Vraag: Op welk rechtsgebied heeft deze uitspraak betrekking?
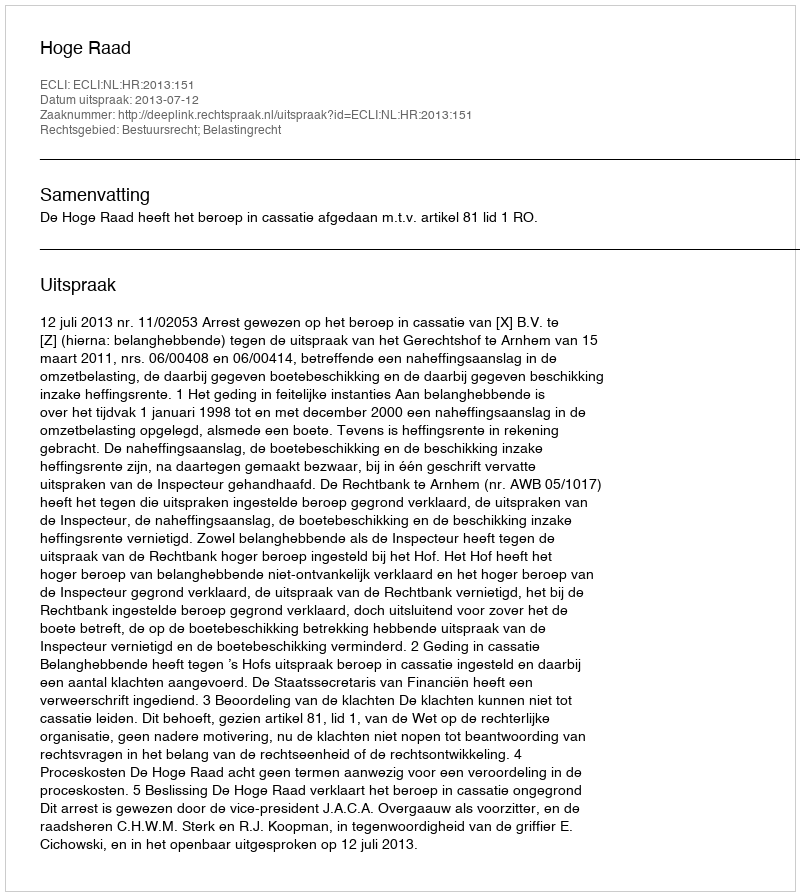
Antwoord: Bestuursrecht; Belastingrecht